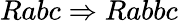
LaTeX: Rabc\Rightarrow Rabbc